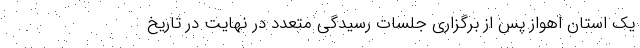
یک استان اهواز پس از برگزاری جلسات رسیدگی متعدد در نهایت در تاریخ